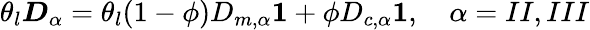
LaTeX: \theta_{l}\boldsymbol{D}_{\alpha}=\theta_{l}(1-\phi)D_{m,\alpha}\boldsymbol{1}+\phi D_{c,\alpha}\boldsymbol{1},\quad\alpha=II,III